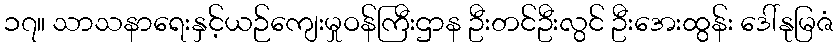
၁၇။ သာသနာရေးနှင့်ယဉ်ကျေးမှုဝန်ကြီးဌာန ဦးတင်ဦးလွင် ဦးအေးထွန်း ဒေါ်နုမြဇံ